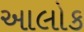
આલોક